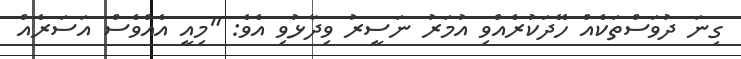
ގިނަ ދުވަސްތަކެއް ހޭދަކުރެއްވި އުމަރު ނަސީރު ވިދާޅުވި އެވެ: "މިއީ އެއްވެސް އަސަރެއް